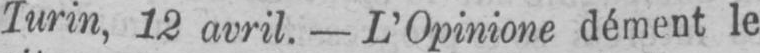
Turin, 12 avril. - L’Opinione dément le